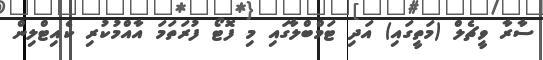
ސާރާ ވީޗެލް (މަތީގައި) އަދި ޓަމްބްލާގައި މި ފޮޓޯ ފުރަތަމަ އާއްމުކުރި ކެއިޓްލިން